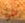
هو